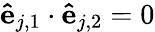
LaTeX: \mathbf{\hat{e}}_{j,1}\cdot\mathbf{\hat{e}}_{j,2}=0